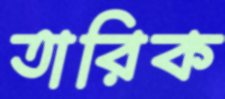
তারিক